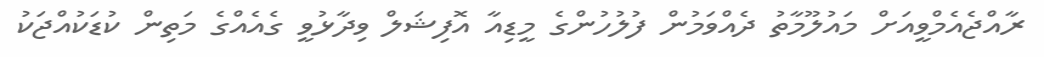
ރާއްޖެއެމްވީއަށް މައުލޫމާތު ދެއްވަމުން ފުލުހުންގެ މީޑިއާ އޮފިޝަލް ވިދާޅުވީ ގެއެއްގެ މަތިން ކުޑަކުއްޖަކު